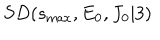
LaTeX: S D ( s _ { \mathrm { m a x } } , E _ { 0 } , J _ { 0 } \vert 3 )